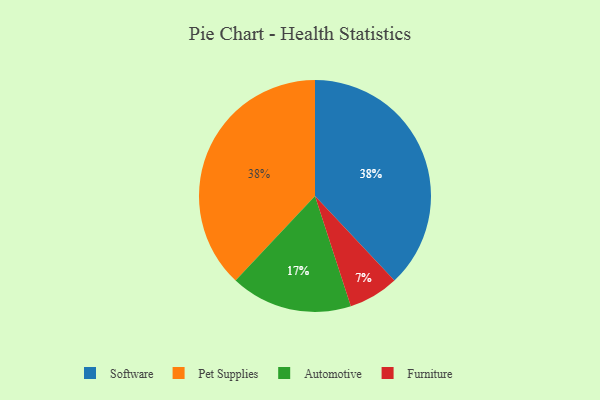
{"axis": {"x": "Category", "y": "Percentage"}, "legend": ["Automotive", "Furniture", "Pet Supplies", "Software"], "data": [{"x": "Furniture", "y": 7, "type": "Furniture"}, {"x": "Software", "y": 38, "type": "Software"}, {"x": "Automotive", "y": 17, "type": "Automotive"}, {"x": "Pet Supplies", "y": 38, "type": "Pet Supplies"}]}